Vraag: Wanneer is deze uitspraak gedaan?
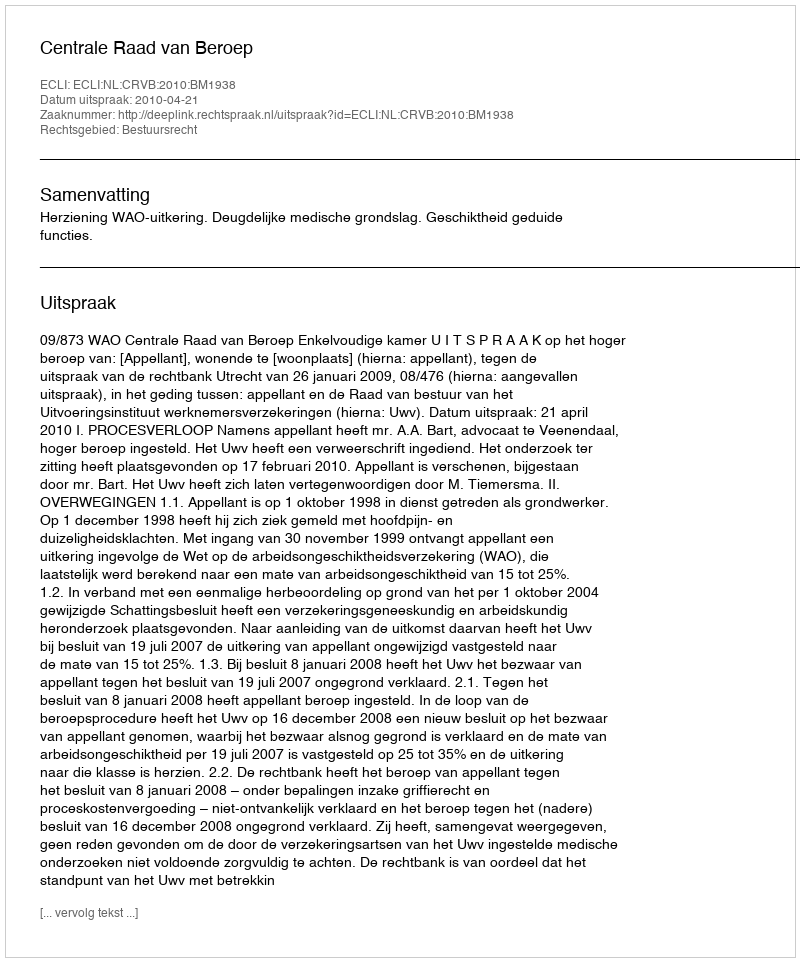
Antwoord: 2010-04-21